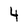
Character: 4